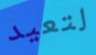
لتعيد